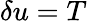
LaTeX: \delta u=T